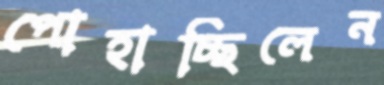
পোহাচ্ছিলেন